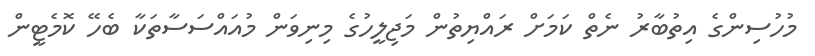
މުހުސިންގެ އިތުބާރު ނެތް ކަމަށް ރައްޔިތުން މަޖިލީހުގެ މިނިވަން މުއައްސަސާތަކާ ބެހޭ ކޮމެޓީން